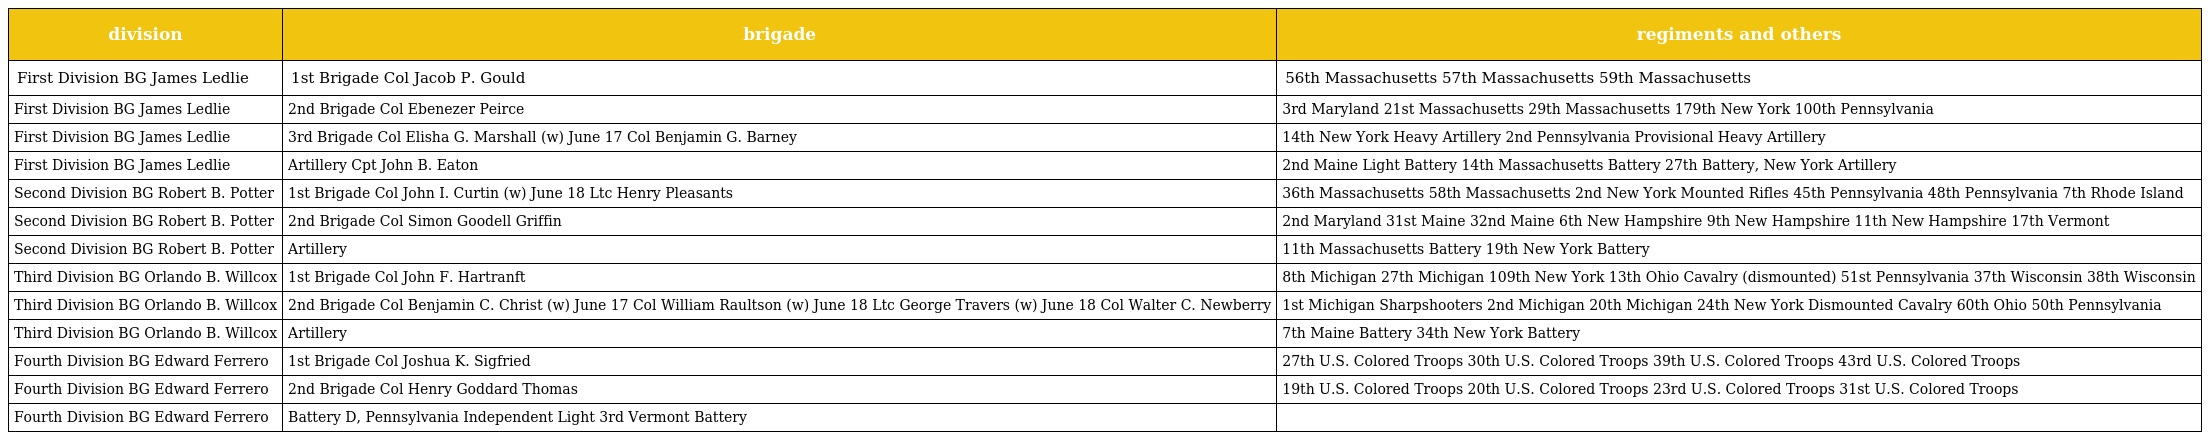
| division | brigade | regiments and others |
 | --- | --- | --- |
 | First Division BG James Ledlie | 1st Brigade Col Jacob P. Gould | 56th Massachusetts 57th Massachusetts 59th Massachusetts |
 | First Division BG James Ledlie | 2nd Brigade Col Ebenezer Peirce | 3rd Maryland 21st Massachusetts 29th Massachusetts 179th New York 100th Pennsylvania |
 | First Division BG James Ledlie | 3rd Brigade Col Elisha G. Marshall (w) June 17 Col Benjamin G. Barney | 14th New York Heavy Artillery 2nd Pennsylvania Provisional Heavy Artillery |
 | First Division BG James Ledlie | Artillery Cpt John B. Eaton | 2nd Maine Light Battery 14th Massachusetts Battery 27th Battery, New York Artillery |
 | Second Division BG Robert B. Potter | 1st Brigade Col John I. Curtin (w) June 18 Ltc Henry Pleasants | 36th Massachusetts 58th Massachusetts 2nd New York Mounted Rifles 45th Pennsylvania 48th Pennsylvania 7th Rhode Island |
 | Second Division BG Robert B. Potter | 2nd Brigade Col Simon Goodell Griffin | 2nd Maryland 31st Maine 32nd Maine 6th New Hampshire 9th New Hampshire 11th New Hampshire 17th Vermont |
 | Second Division BG Robert B. Potter | Artillery | 11th Massachusetts Battery 19th New York Battery |
 | Third Division BG Orlando B. Willcox | 1st Brigade Col John F. Hartranft | 8th Michigan 27th Michigan 109th New York 13th Ohio Cavalry (dismounted) 51st Pennsylvania 37th Wisconsin 38th Wisconsin |
 | Third Division BG Orlando B. Willcox | 2nd Brigade Col Benjamin C. Christ (w) June 17 Col William Raultson (w) June 18 Ltc George Travers (w) June 18 Col Walter C. Newberry | 1st Michigan Sharpshooters 2nd Michigan 20th Michigan 24th New York Dismounted Cavalry 60th Ohio 50th Pennsylvania |
 | Third Division BG Orlando B. Willcox | Artillery | 7th Maine Battery 34th New York Battery |
 | Fourth Division BG Edward Ferrero | 1st Brigade Col Joshua K. Sigfried | 27th U.S. Colored Troops 30th U.S. Colored Troops 39th U.S. Colored Troops 43rd U.S. Colored Troops |
 | Fourth Division BG Edward Ferrero | 2nd Brigade Col Henry Goddard Thomas | 19th U.S. Colored Troops 20th U.S. Colored Troops 23rd U.S. Colored Troops 31st U.S. Colored Troops |
 | Fourth Division BG Edward Ferrero | Battery D, Pennsylvania Independent Light 3rd Vermont Battery |  |